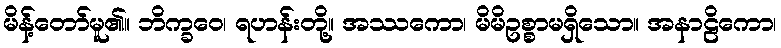
မိန့်တော်မူ၏။ ဘိက္ခဝေ၊ ရဟန်းတို့။ အဿကော၊ မိမိဥစ္စာမရှိသော။ အနာဠိကော၊